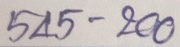
545 - 200